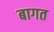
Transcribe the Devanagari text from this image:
बागत